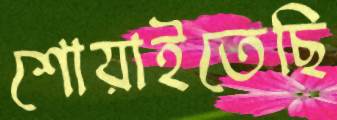
শোয়াইতেছি